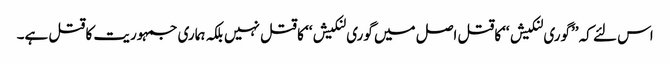
اس لئے کہ ’’گوری لنکیش ‘‘کاقتل اصل میں گوری لنکیش‘‘ کا قتل نہیں بلکہ ہماری جمہوریت کا قتل ہے۔